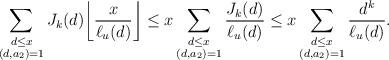
LaTeX: \begin{align*}\sum_{\substack{d\leq x\\ (d, a_{2})=1}}J_{k}(d)\bigg\lfloor \frac{x}{\ell_u(d)}\bigg\rfloor\leq x\sum_{\substack{d\leq x\\ (d, a_{2})=1}}\frac{J_{k}(d)}{\ell_{u}(d)}\leq x\sum_{\substack{d\leq x\\ (d, a_{2})=1}}\frac{d^{k}}{\ell_{u}(d)}.\end{align*}